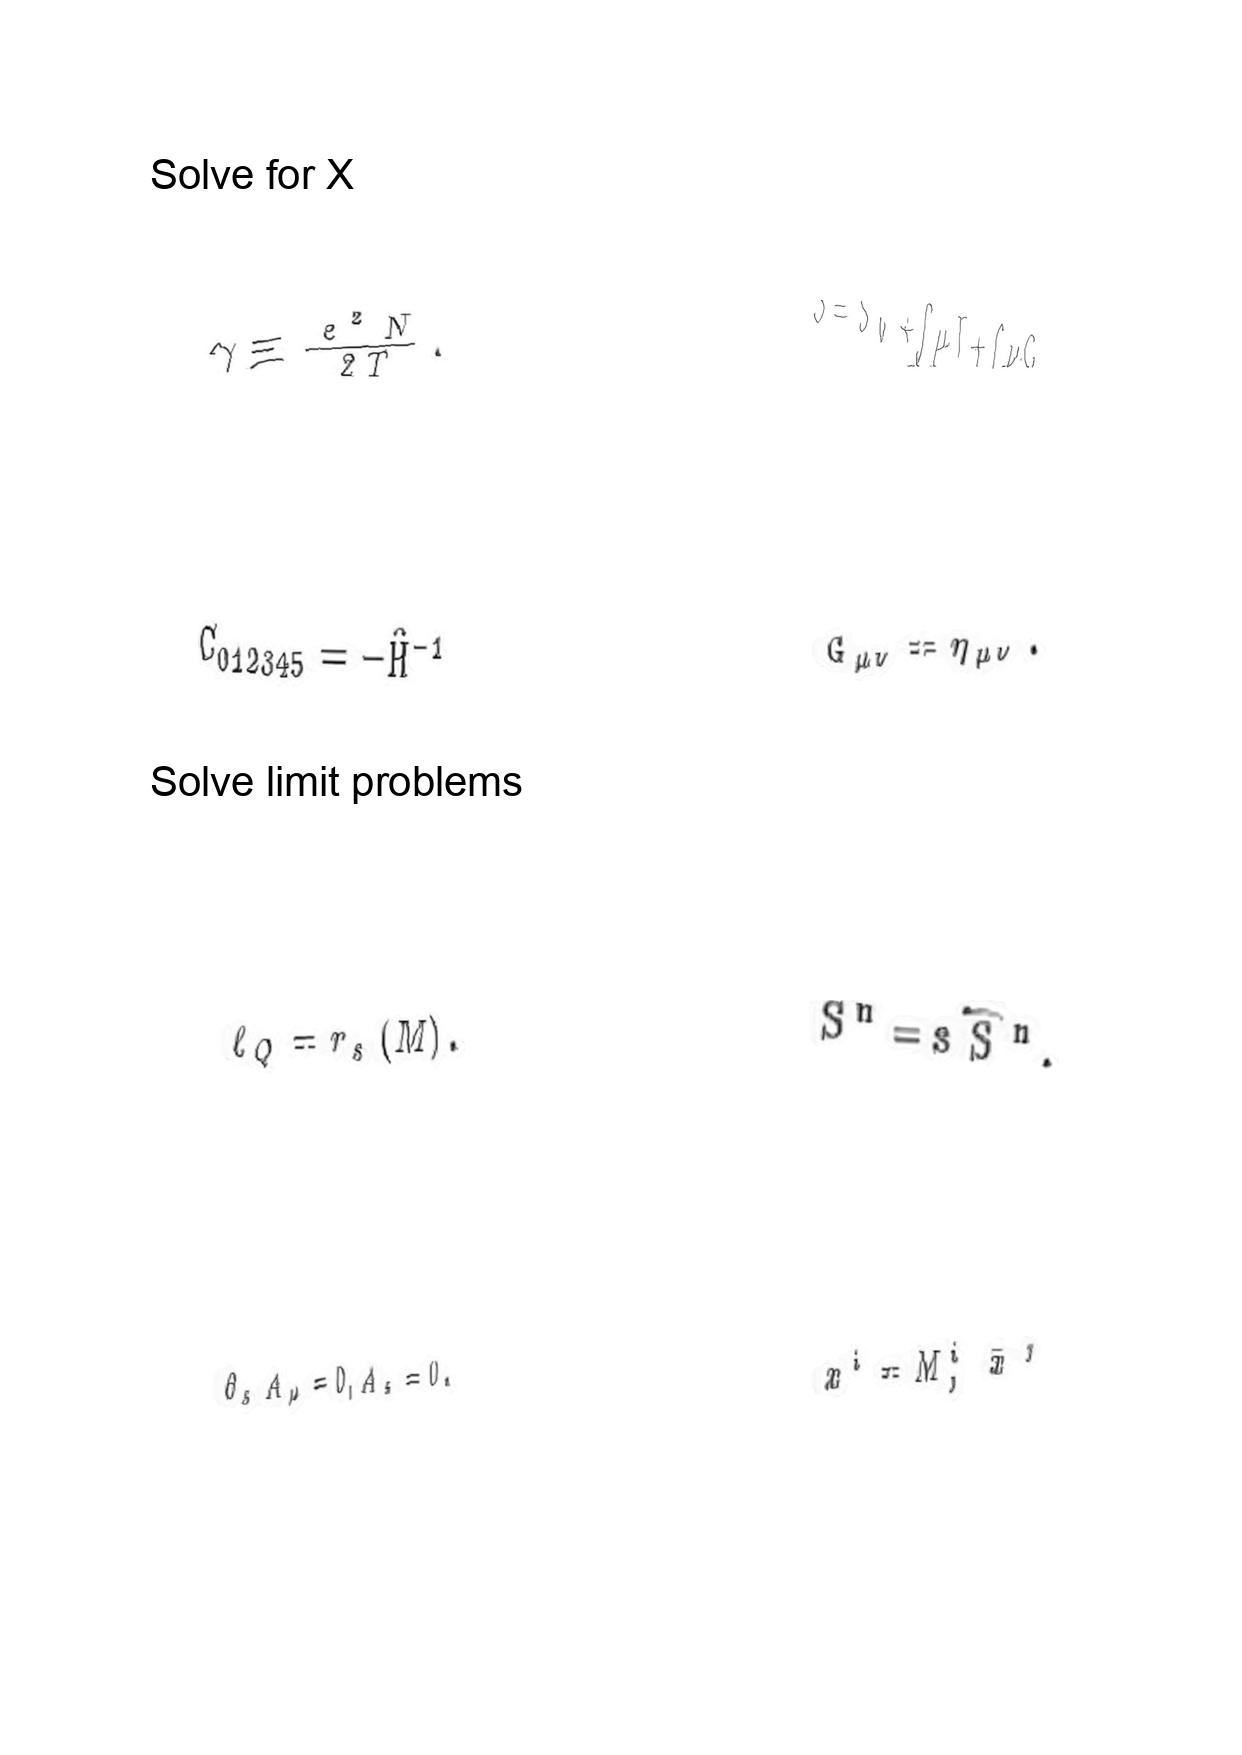
LaTeX transcription:
\gamma \equiv \frac { e ^ { 2 } N } { 2 T } .
C _ { 0 1 2 3 4 5 } = - \hat { H } ^ { - 1 }
\ell _ { Q } = r _ { s } \lparen M \rparen .
\partial _ { s } A _ { \mu } = 0 , A _ { s } = 0 .
S = S _ { 0 } + \int \mu T + \int \nu G .
G _ { \mu \nu } = \eta _ { \mu \nu } .
S ^ { n } = s \hat { S } ^ { n } ,
x ^ { i } = M ^ { i } _ { j } \bar { x } ^ { j }